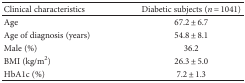
<table><thead><tr><td><b>Clinical characteristics</b></td><td><b>Diabetic subjects (<i>n</i> = 1041)</b></td></tr></thead><tbody><tr><td>Age</td><td>67.2 ± 6.7</td></tr><tr><td>Age of diagnosis (years)</td><td>54.8 ± 8.1</td></tr><tr><td>Male (%)</td><td>36.2</td></tr><tr><td>BMI (kg/m<sup>2</sup>)</td><td>26.3 ± 5.0</td></tr><tr><td>HbA1c (%)</td><td>7.2 ± 1.3</td></tr></tbody></table>